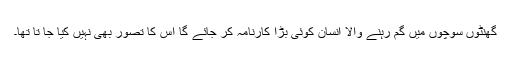
گھنٹوں سوچوں میں گم رہنے والا انسان کوئی بڑا کارنامہ کر جائے گا اس کا تصور بھی نہیں کیا جا تا تھا۔